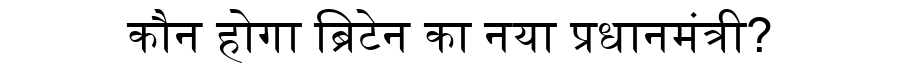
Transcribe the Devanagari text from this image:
कौन होगा ब्रिटेन का नया प्रधानमंत्री?